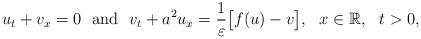
LaTeX: \begin{align*} u_t + v_x = 0 \ \ {\rm and} \ \ v_t + a^2 u_x = \frac{1}{\varepsilon}\big[f(u) - v\big], \ \ x\in\mathbb{R}, \ \ t>0, \\\end{align*}